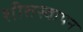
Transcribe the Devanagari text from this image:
शीतस्वापन